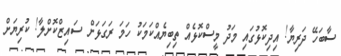
ސާބަހޭ ދަރިޔާ! އިދިކޮޅުގައި މަދު މީސްކޮޅެއް ތިބިޔެއްކަމަކު ހަމަ ރަގަޅަށް ސައިޒްކޮށްލާ! ކުރިޔަށް